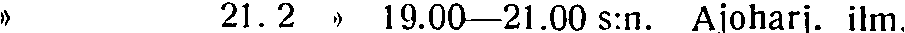
» 21. 2 » 19.00—21.00 s:n. Ajoharj. ilm.